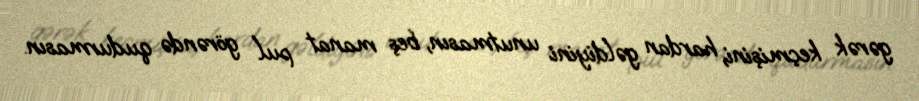
gərək keçmişini, hardan gəldiyini unutmasın, beş manat pul görəndə qudurmasın.